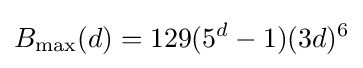
B_{\text{max}}(d)=129(5^{d}-1)(3d)^{6}